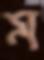
ম